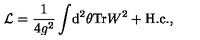
{ \cal L } = \frac { 1 } { 4 g ^ { 2 } } \int \! \mathrm { d } ^ { 2 } \theta \mathrm { T r } W ^ { 2 } + \mathrm { H . c . } ,